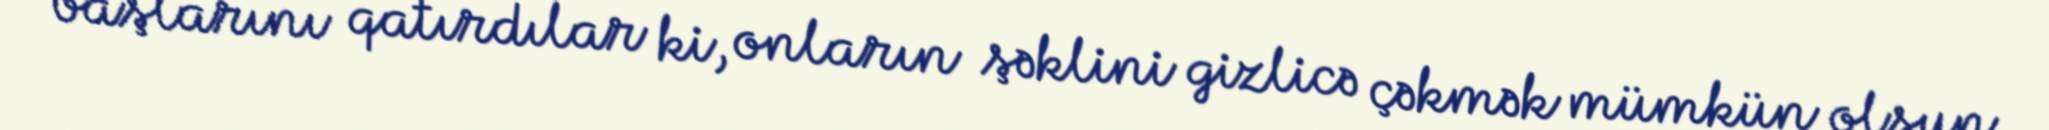
başlarını qatırdılar ki, onların şəklini gizlicə çəkmək mümkün olsun.